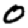
Digit: 0